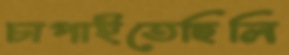
চাপাইতেছিলি